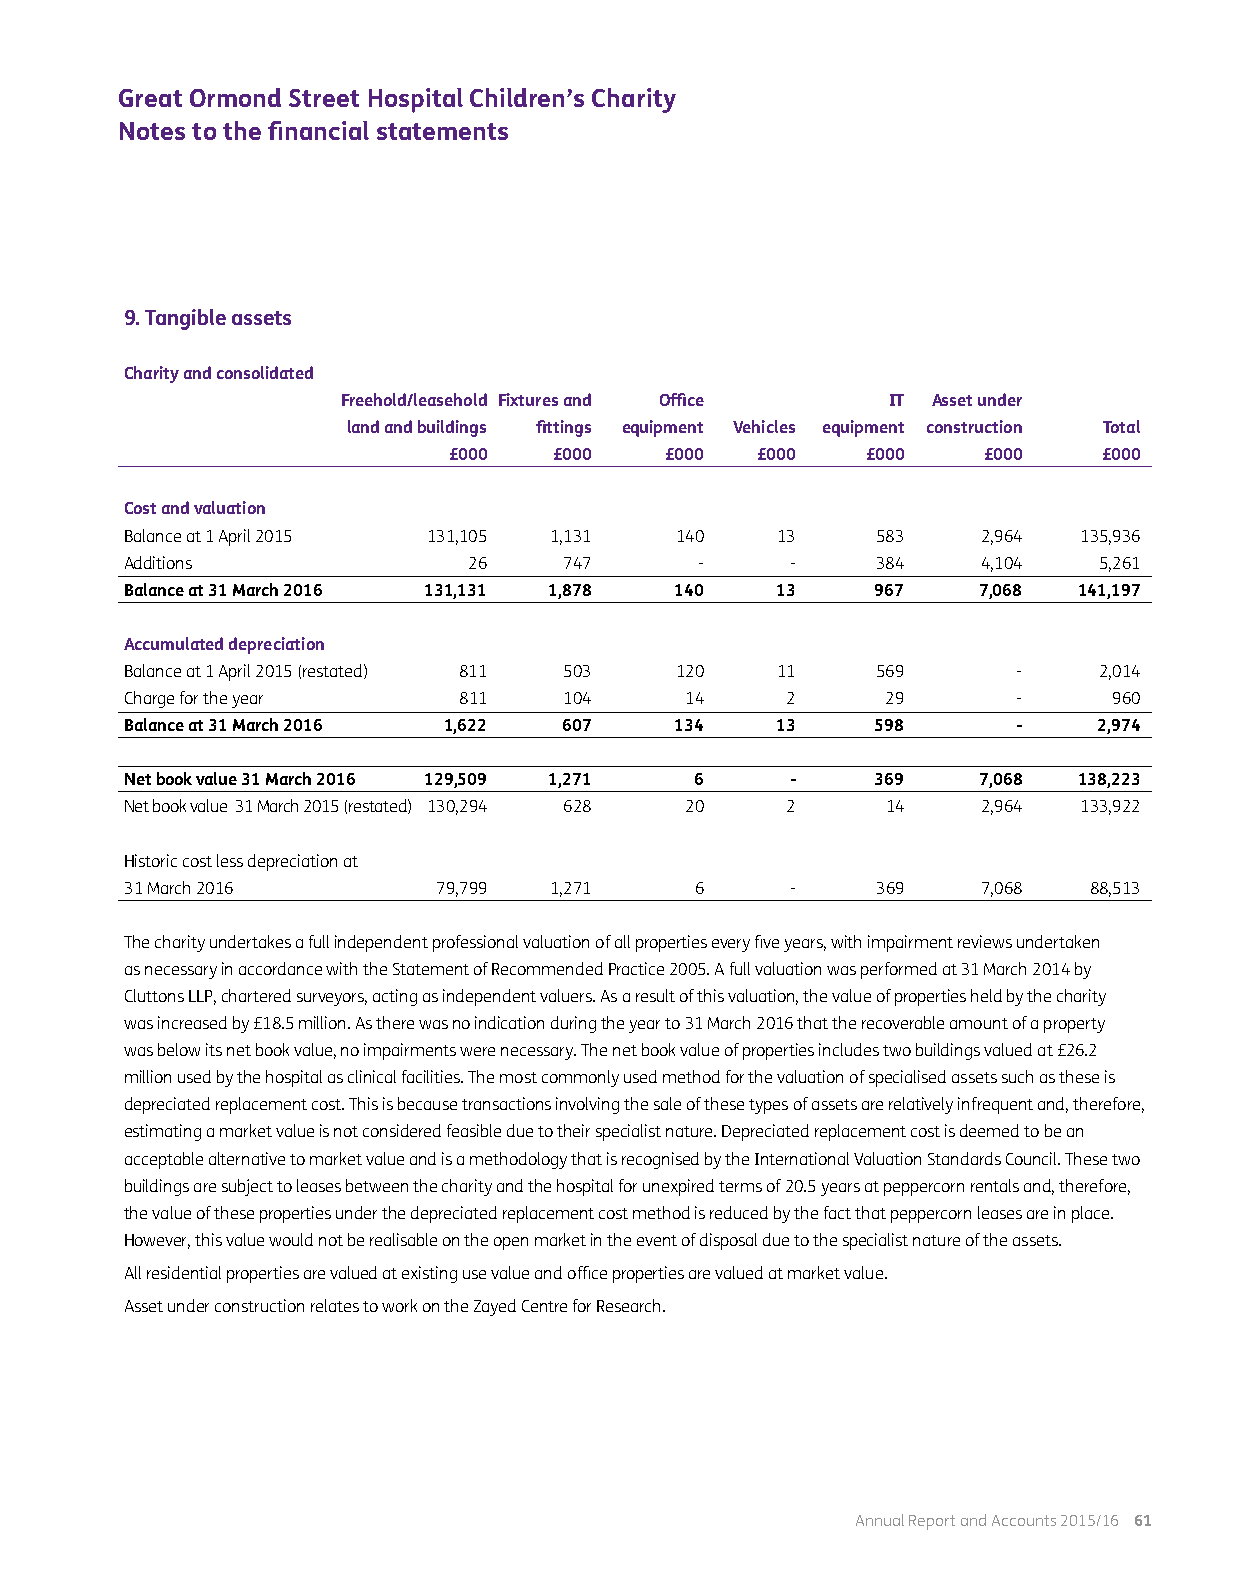
Great Ormond Street Hospital Children’s Charity
 Notes to the financial statements
 9. Tangible assets
 Charity and consolidated
 Freehold/leasehold Fixtures and Office IT Asset under
 land and buildings fittings equipment Vehicles equipment construction Total
 £000   £000   £000  £000   £000    £000    £000
 Cost and valuation
 Balance at 1 April 2015 131,105 1,131 140  13     583    2,964 135,936
 Additions              26    747      -     -     384    4,104   5,261
 Balance at 31 March 2016 131,131 1,878 140 13     967    7,068 141,197
 Accumulated depreciation
 Balance at 1 April 2015 (restated) 811 503 120 11 569      -     2,014
 Charge for the year   811    104     14     2      29      -      960
 Balance at 31 March 2016 1,622 607   134   13     598      -     2,974
 Net book value 31 March 2016 129,509 1,271 6 -    369    7,068 138,223
 Net book value 31 March 2015 (restated) 130,294 628 20 2 14 2,964 133,922
 Historic cost less depreciation at
 31 March 2016        79,799 1,271     6     -     369    7,068  88,513
 The charity undertakes a full independent professional valuation of all properties every five years, with impairment reviews undertaken
 as necessary in accordance with the Statement of Recommended Practice 2005. A full valuation was performed at 31 March 2014 by
 Cluttons LLP, chartered surveyors, acting as independent valuers. As a result of this valuation, the value of properties held by the charity
 was increased by £18.5 million. As there was no indication during the year to 31 March 2016 that the recoverable amount of a property
 was below its net book value, no impairments were necessary. The net book value of properties includes two buildings valued at £26.2
 million used by the hospital as clinical facilities. The most commonly used method for the valuation of specialised assets such as these is
 depreciated replacement cost. This is because transactions involving the sale of these types of assets are relatively infrequent and, therefore,
 estimating a market value is not considered feasible due to their specialist nature. Depreciated replacement cost is deemed to be an
 acceptable alternative to market value and is a methodology that is recognised by the International Valuation Standards Council. These two
 buildings are subject to leases between the charity and the hospital for unexpired terms of 20.5 years at peppercorn rentals and, therefore,
 the value of these properties under the depreciated replacement cost method is reduced by the fact that peppercorn leases are in place.
 However, this value would not be realisable on the open market in the event of disposal due to the specialist nature of the assets.
 All residential properties are valued at existing use value and office properties are valued at market value.
 Asset under construction relates to work on the Zayed Centre for Research.
 Annual Report and Accounts 2015/16 61